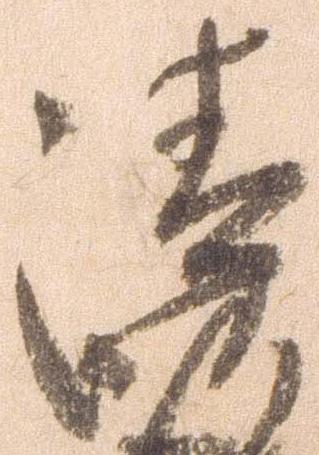
清